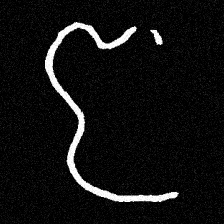
Pyu character \u2014 Myanmar letter: ဇ (romanized: ja)